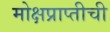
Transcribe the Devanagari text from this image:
मोक्षप्राप्तीची